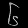
Digit: ၆